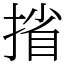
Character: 㨘